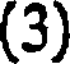
(3)